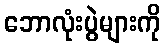
ဘောလုံးပွဲများကို